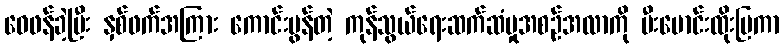
ဝေဖန်ခဲ့ပြီး နှစ်ဖက်အကြား ကောင်းမွန်တဲ့ ကုန်သွယ်ရေးဆက်ဆံမှုအစဉ်အလာကို မီးမောင်းထိုးပြကာ